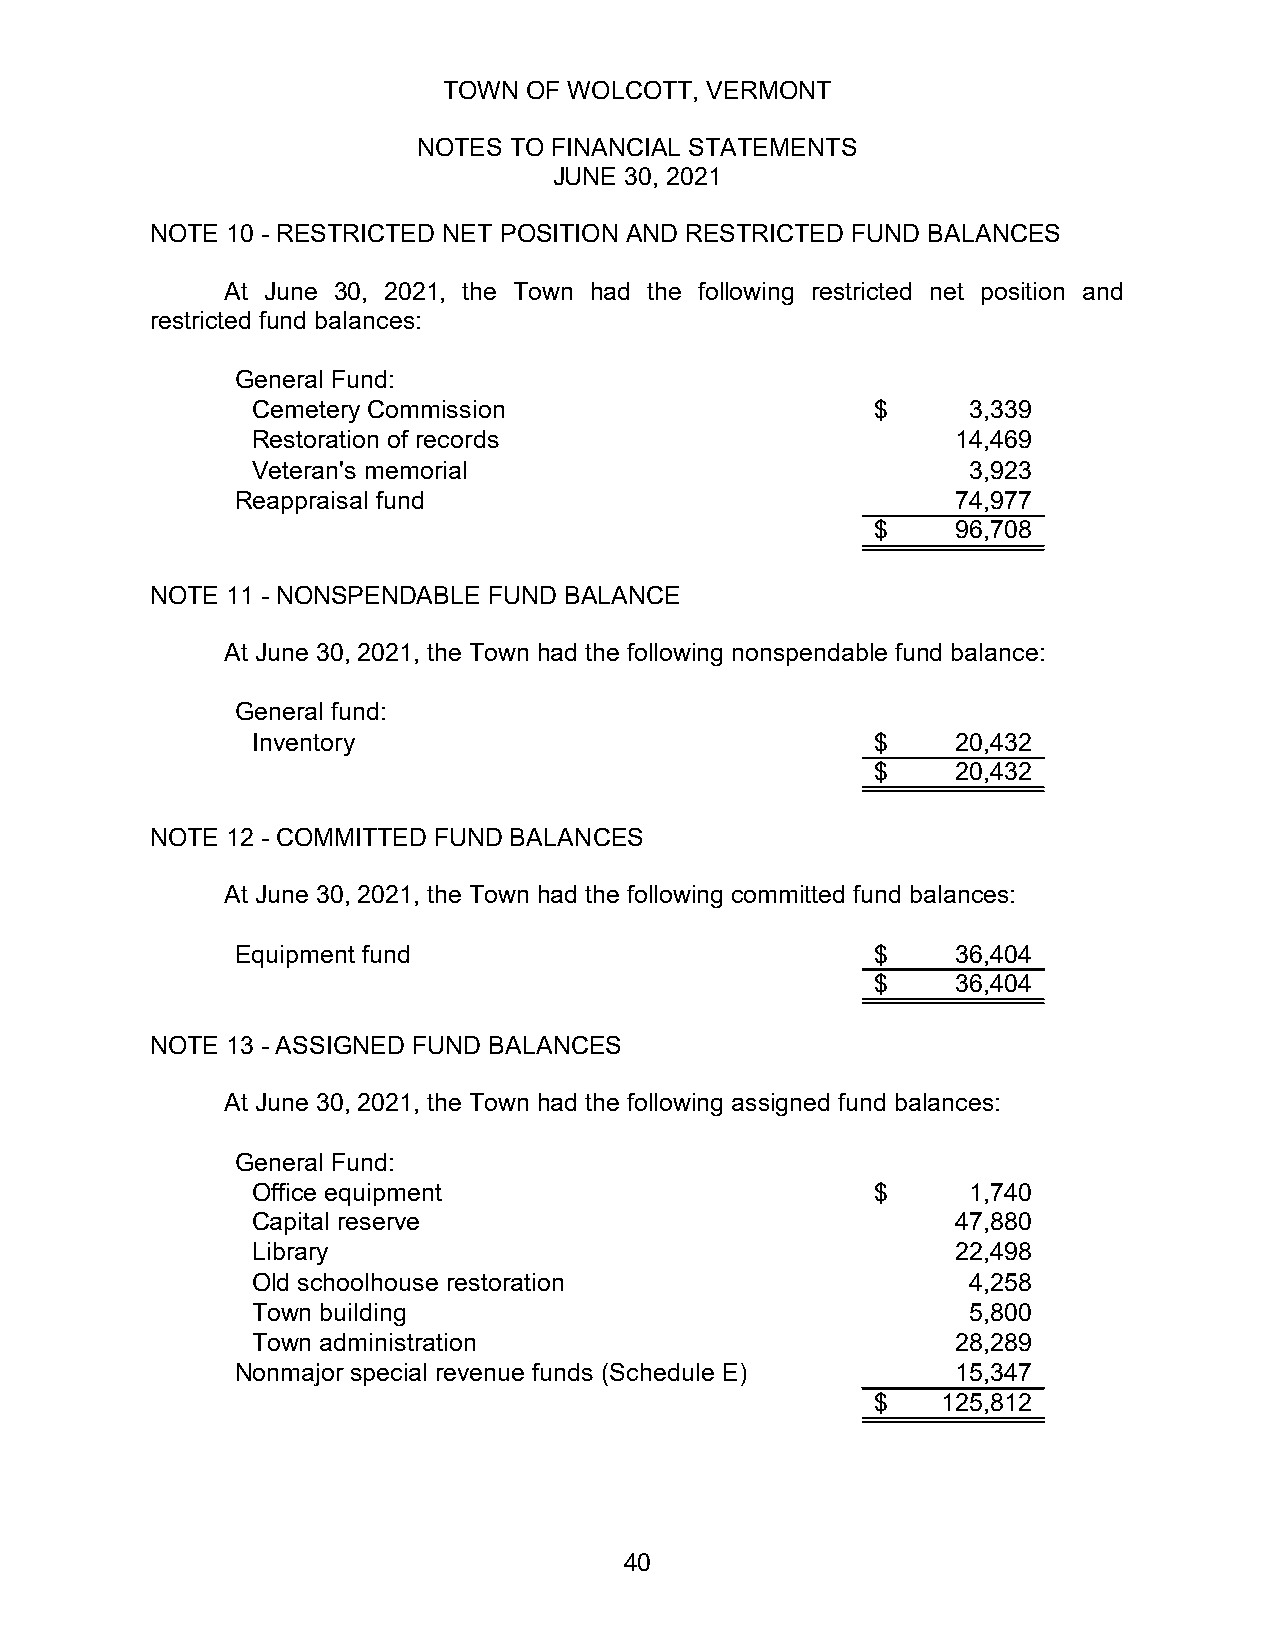
TOWN  OF WOLCOTT, VERMONT
 NOTES TO FINANCIAL STATEMENTS
 JUNE 30, 2021
 NOTE 10 - RESTRICTED NET POSITION AND RESTRICTED FUND BALANCES
 At June 30, 2021, the Town had the following restricted net position and
 restricted fund balances:
 General Fund:
 Cemetery Commission                      $     3,339
 Restoration of records                        14,469
 Veteran's memorial                             3,923
 Reappraisal fund                               74,977
 $    96,708
 NOTE 11 - NONSPENDABLE FUND BALANCE
 At June 30, 2021, the Town had the following nonspendable fund balance:
 General fund:
 Inventory                                $    20,432
 $    20,432
 NOTE 12 - COMMITTED FUND BALANCES
 At June 30, 2021, the Town had the following committed fund balances:
 Equipment fund                            $    36,404
 $    36,404
 NOTE 13 - ASSIGNED FUND BALANCES
 At June 30, 2021, the Town had the following assigned fund balances:
 General Fund:
 Office equipment                         $     1,740
 Capital reserve                               47,880
 Library                                       22,498
 Old schoolhouse restoration                    4,258
 Town building                                  5,800
 Town administration                           28,289
 Nonmajor special revenue funds (Schedule E)    15,347
 $   125,812
 40